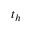
t _ { h }